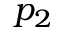
p _ { 2 }